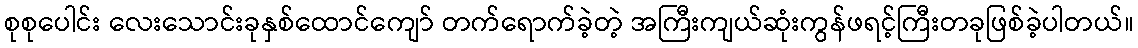
စုစုပေါင်း လေးသောင်းခုနှစ်ထောင်ကျော် တက်ရောက်ခဲ့တဲ့ အကြီးကျယ်ဆုံးကွန်ဖရင့်ကြီးတခုဖြစ်ခဲ့ပါတယ်။